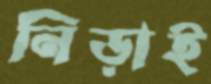
নিড়াই